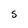
Character: S